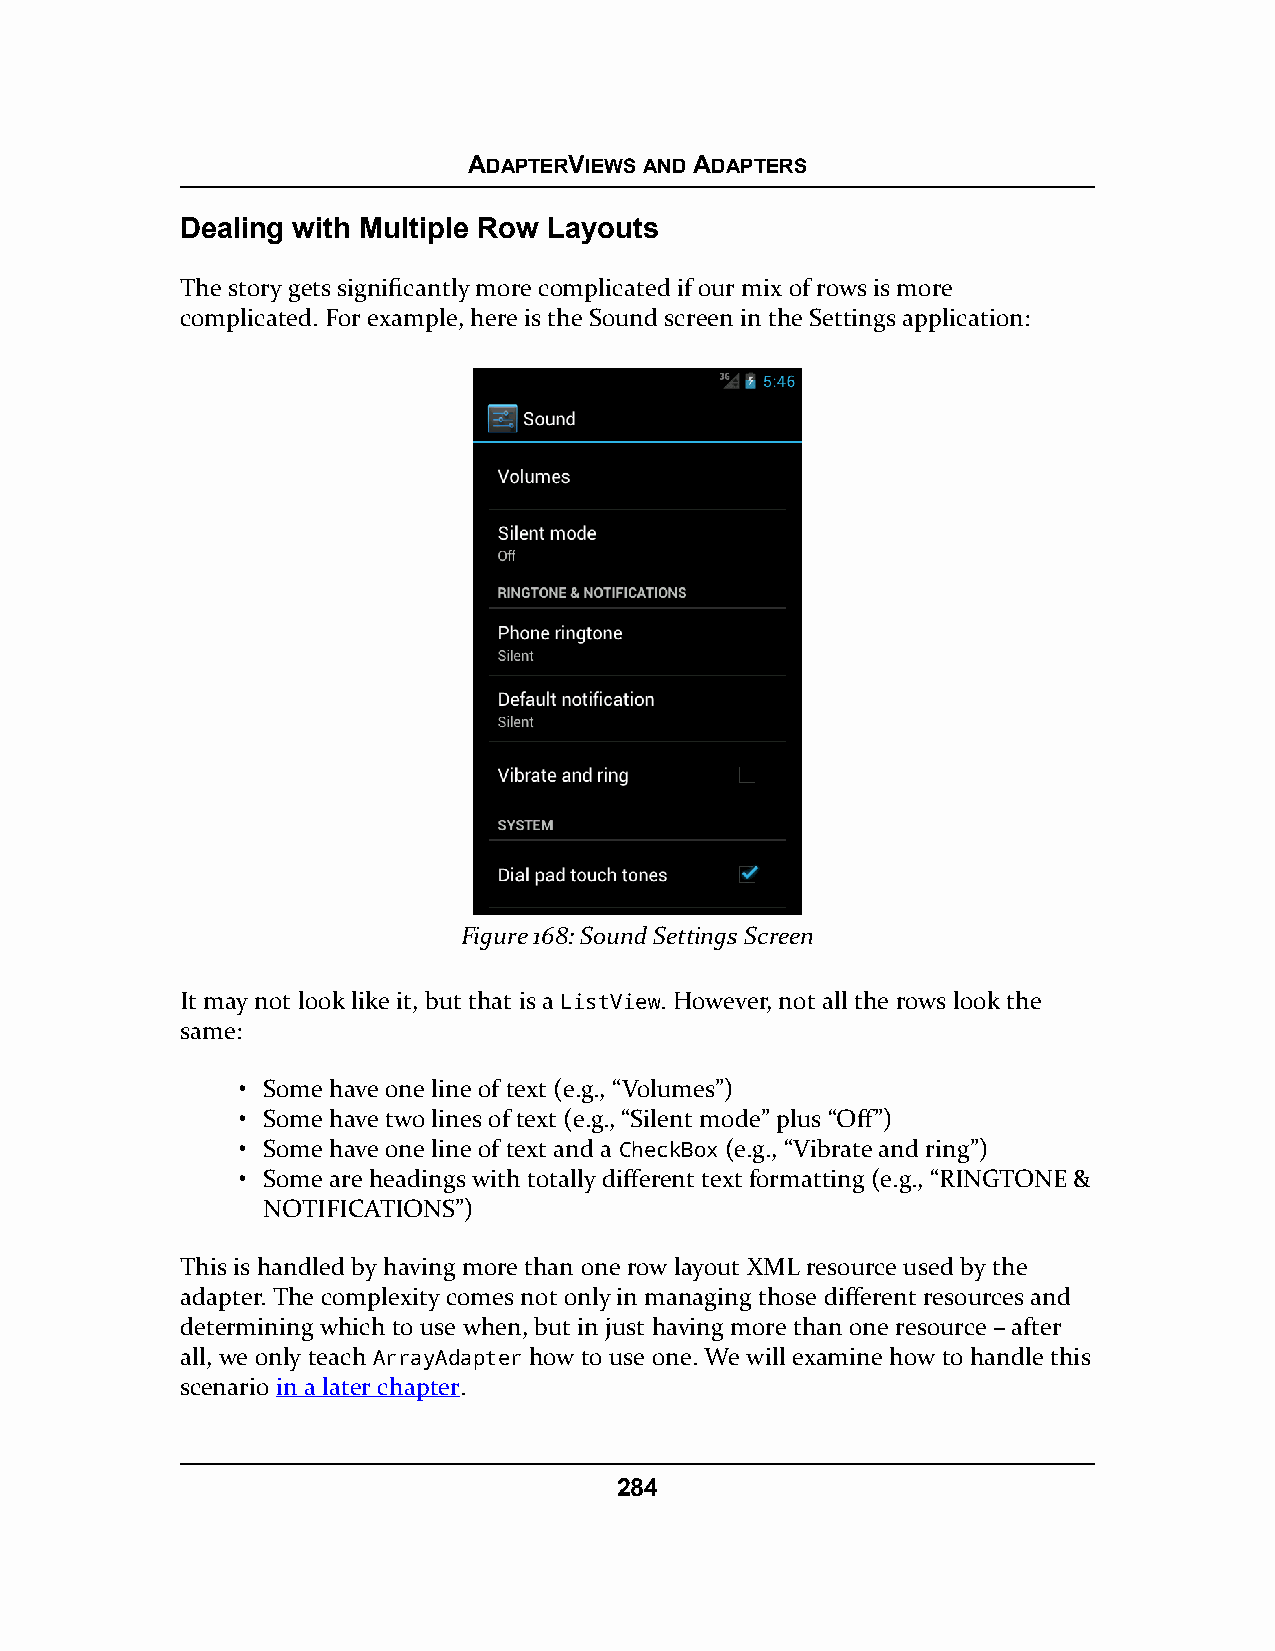
ADAPTERVIEWS AND ADAPTERS
 Dealing with Multiple Row Layouts
 The story gets significantly more complicated if our mix of rows is more
 complicated. For example, here is the Sound screen in the Settings application:
 Figure 168: Sound Settings Screen
 It may not look like it, but that is a ListView. However, not all the rows look the
 same:
 • Some have one line of text (e.g., “Volumes”)
 • Some have two lines of text (e.g., “Silent mode” plus “Off”)
 • Some have one line of text and a CheckBox (e.g., “Vibrate and ring”)
 • Some are headings with totally different text formatting (e.g., “RINGTONE &
 NOTIFICATIONS”)
 This is handled by having more than one row layout XML resource used by the
 adapter. The complexity comes not only in managing those different resources and
 determining which to use when, but in just having more than one resource – after
 all, we only teach ArrayAdapter how to use one. We will examine how to handle this
 scenario in a later chapter.
 284